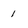
Character: 1